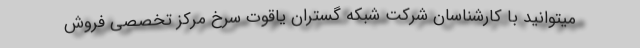
میتوانید با کارشناسان شرکت شبکه گستران یاقوت سرخ مرکز تخصصی فروش